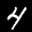
Label: 4